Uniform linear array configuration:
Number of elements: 24
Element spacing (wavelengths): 0.75
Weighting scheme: blackman
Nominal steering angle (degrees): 15
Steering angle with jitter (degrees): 15.018
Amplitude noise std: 0.05
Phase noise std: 0.05

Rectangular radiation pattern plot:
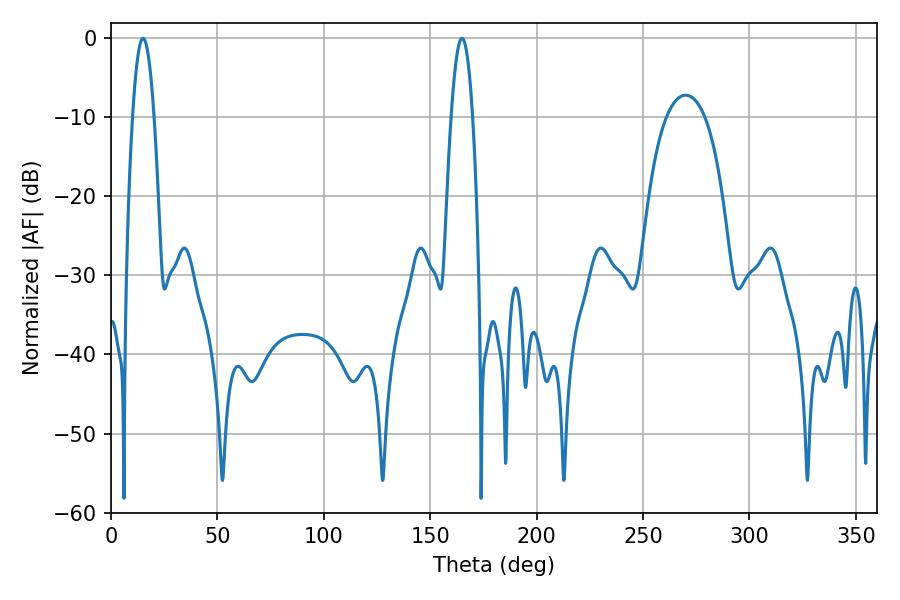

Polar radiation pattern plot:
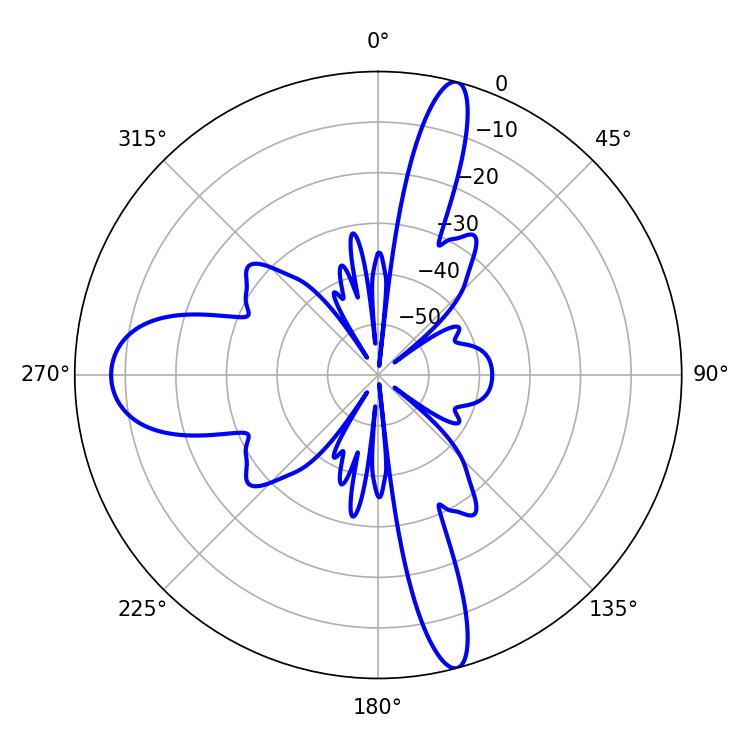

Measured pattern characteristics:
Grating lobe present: TRUE
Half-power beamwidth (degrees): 5.4
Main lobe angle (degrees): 15.12